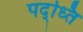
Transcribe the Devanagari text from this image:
पद्ध्ति